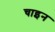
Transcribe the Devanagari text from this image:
चाइन